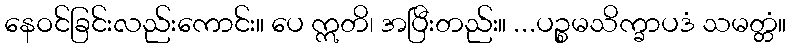
နေဝင်ခြင်းလည်းကောင်း။ ပေ ဣတိ၊ အပြီးတည်း။ ...ပဉ္စမသိက္ခာပဒံ သမတ္တံ။